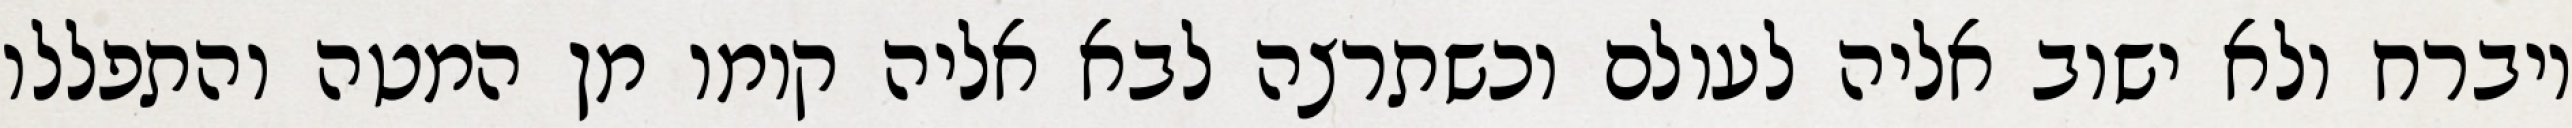
ויברח ולא ישוב אליה לעולם וכשתרצה לבא אליה קומו מן המטה והתפללו